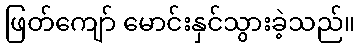
ဖြတ်ကျော် မောင်းနှင်သွားခဲ့သည်။